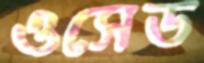
ওসেড